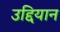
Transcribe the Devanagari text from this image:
उद्दियान